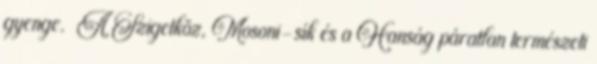
gyenge. ▪A Szigetköz, Mosoni-sík és a Hanság páratlan természeti